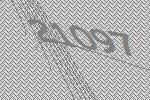
21097